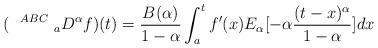
LaTeX: \begin{align*} ( ~~^{ABC}~_{a}D^\alpha f)(t)=\frac{B(\alpha)}{1-\alpha} \int_a^t f^\prime(x)E_\alpha[-\alpha \frac{(t-x)^\alpha}{1-\alpha}]dx\end{align*}